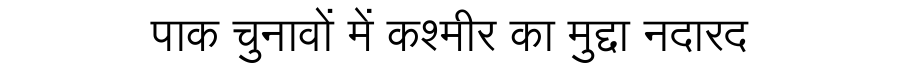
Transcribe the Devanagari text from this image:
पाक चुनावों में कश्मीर का मुद्दा नदारद